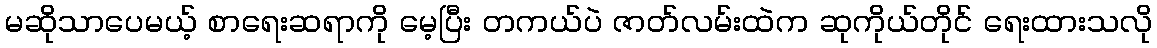
မဆိုသာပေမယ့် စာရေးဆရာကို မေ့ပြီး တကယ်ပဲ ဇာတ်လမ်းထဲက ဆုကိုယ်တိုင် ရေးထားသလို